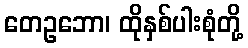
တေဥဘော၊ ထိုနှစ်ပါးစုံတို့